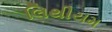
લિથીયમ